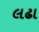
લઢા